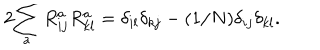
2 \displaystyle { \sum _ { a } R _ { i j } ^ { a } R _ { k l } ^ { a } = \delta _ { i l } \delta _ { k j } - ( 1 / N ) \delta _ { i j } \delta _ { k l } } .